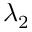
\lambda _ { 2 }